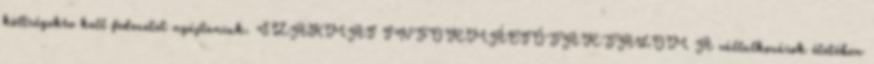
költségekre kell fedezetet nyújtaniuk. SZAKMAI INFORMÁCIÓTARTALOM A vállalkozások életében